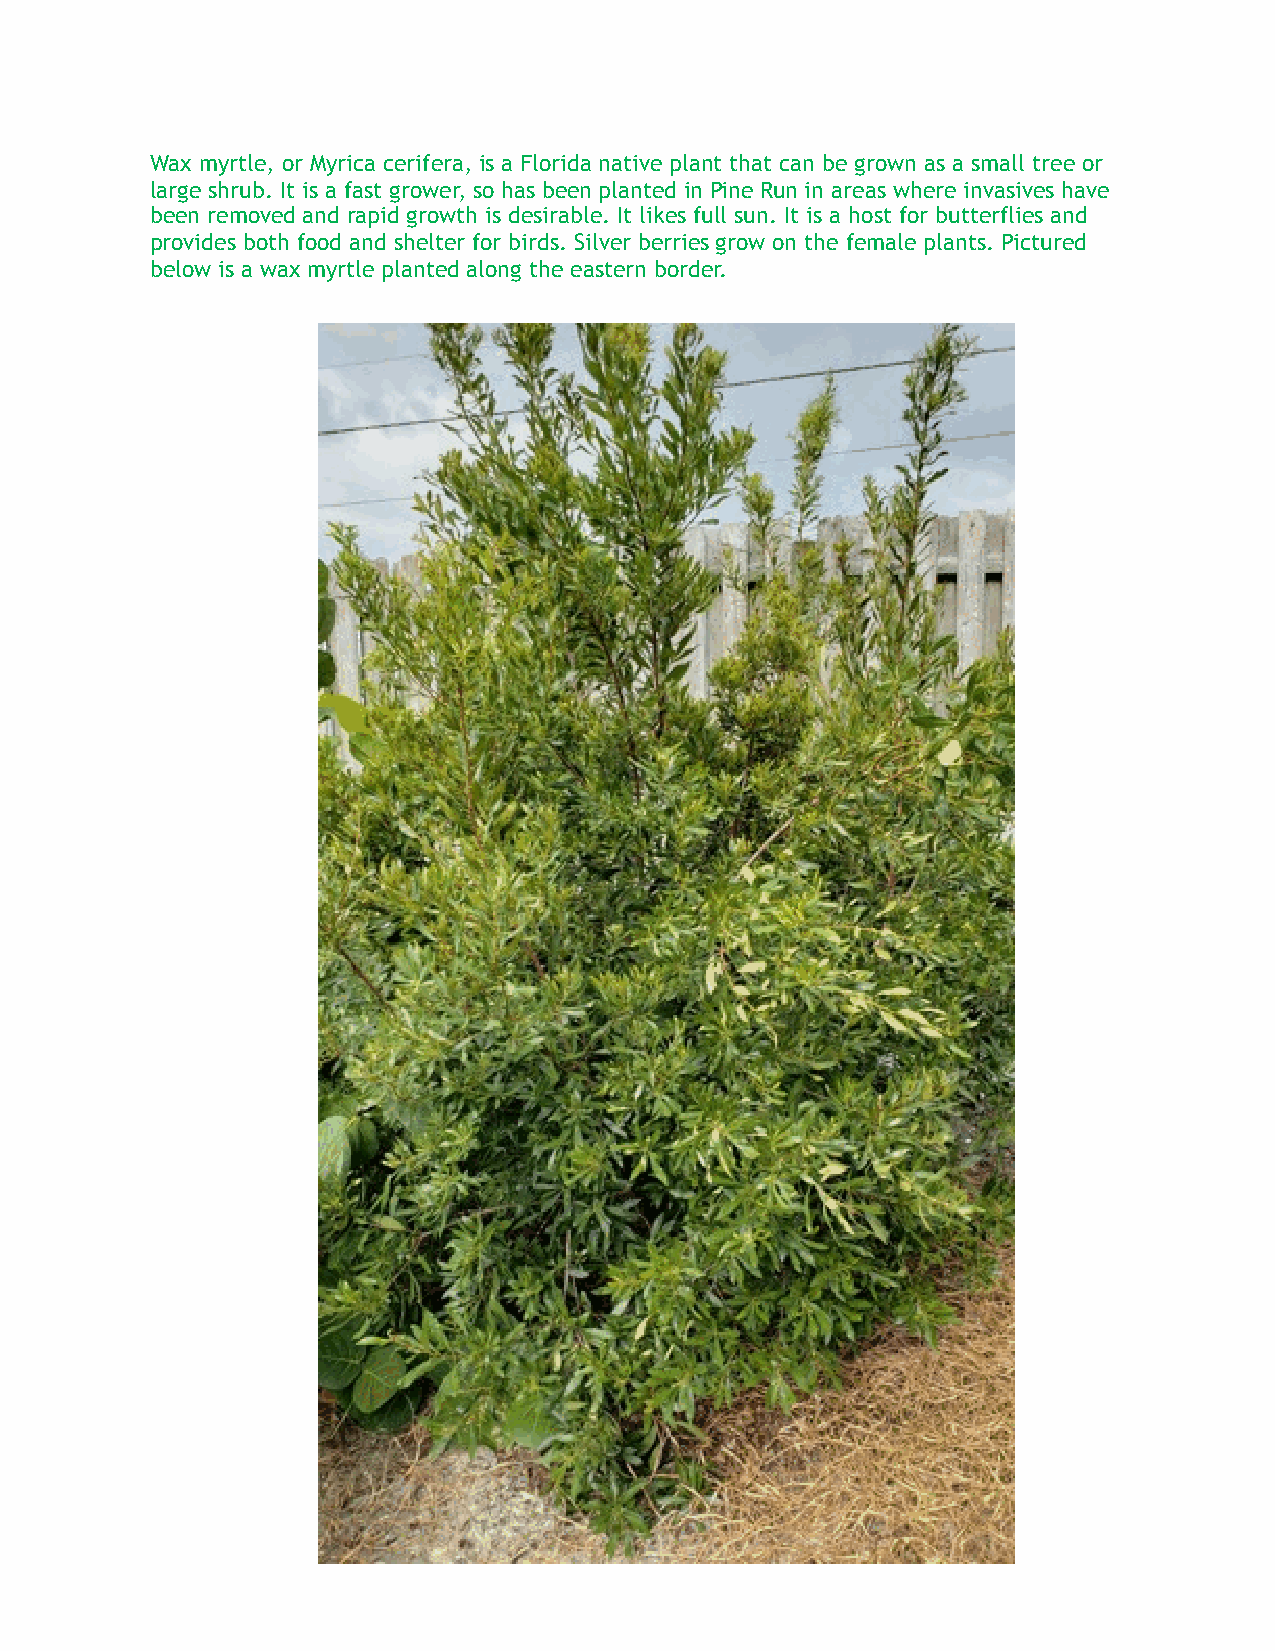
Wax myrtle, or Myrica cerifera, is a Florida native plant that can be grown as a small tree or
 large shrub. It is a fast grower, so has been planted in Pine Run in areas where invasives have
 been removed and rapid growth is desirable. It likes full sun. It is a host for butterflies and
 provides both food and shelter for birds. Silver berries grow on the female plants. Pictured
 below is a wax myrtle planted along the eastern border.